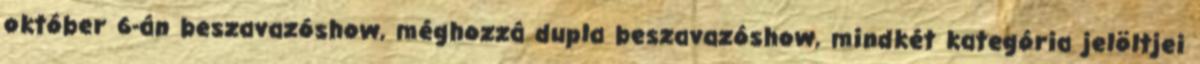
október 6-án beszavazóshow, méghozzá dupla beszavazóshow, mindkét kategória jelöltjei